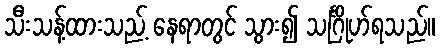
သီးသန့်ထားသည့် နေရာတွင် သွား၍ သင်္ဂြိုဟ်ရသည်။